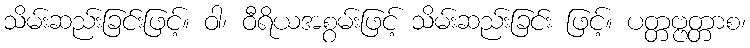
သိမ်းဆည်းခြင်းဖြင့်။ ဝါ၊ ဝီရိယအစွမ်းဖြင့် သိမ်းဆည်းခြင်း ဖြင့်။ ပတ္တဗ္ဗတ္တာစ၊